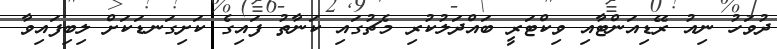
ދުވަހު ނިއު ރޭޑިއަންޓާއި ވިކްޓަރީ ބައްދަލުކުރި މެޗުގައި ކަނާތު ފައިގެ ކަށިގަނޑަކަށް ލިބިފައިވާ